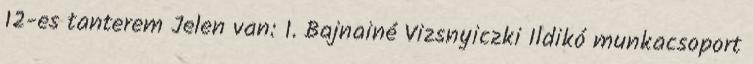
12-es tanterem Jelen van: 1. Bajnainé Vizsnyiczki Ildikó munkacsoport